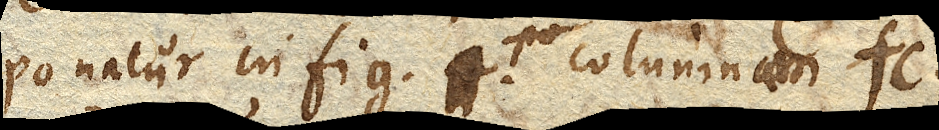
Ponatur in fig. 1. columnam fc.